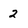
Character: 2